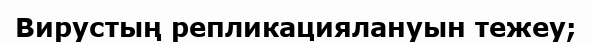
Вирустың репликациялануын тежеу;